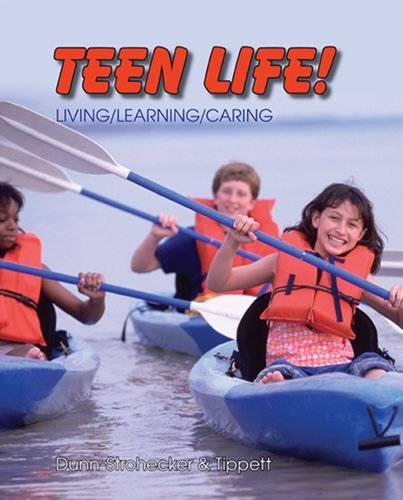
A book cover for Teen Life!; Martha Dunn-Strohecker  Ph.D.; Health, Fitness & Dieting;